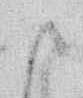
御